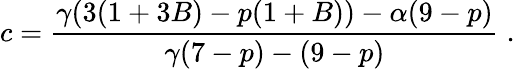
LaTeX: c=\frac{\gamma(3(1+3B)-p(1+B))-\alpha(9-p)}{\gamma(7-p)-(9-p)}\; .